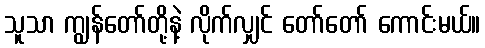
သူသာ ကျွန်တော်တို့နဲ့ လိုက်လျှင် တော်တော် ကောင်းမယ်။